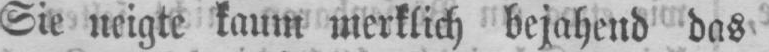
Sie neigte kaum merklich bejahend das